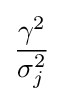
{\frac {\gamma ^{2}}{\sigma _{j}^{2}}}